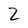
Character: 2